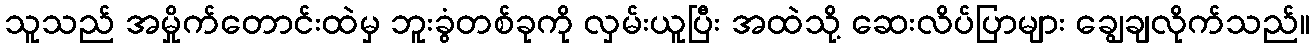
သူသည် အမှိုက်တောင်းထဲမှ ဘူးခွံတစ်ခုကို လှမ်းယူပြီး အထဲသို့ ဆေးလိပ်ပြာများ ချွေချလိုက်သည်။